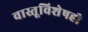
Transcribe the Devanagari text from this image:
वास्तूविशेषही